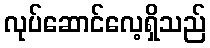
လုပ်ဆောင်လေ့ရှိသည်